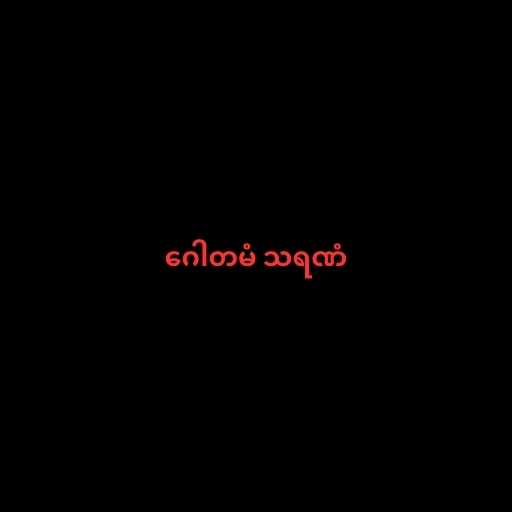
ဂေါတမံ သရဏံ